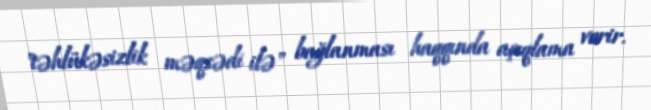
"təhlükəsizlik məqsədi ilə" bağlanması haqqında açıqlama verir.